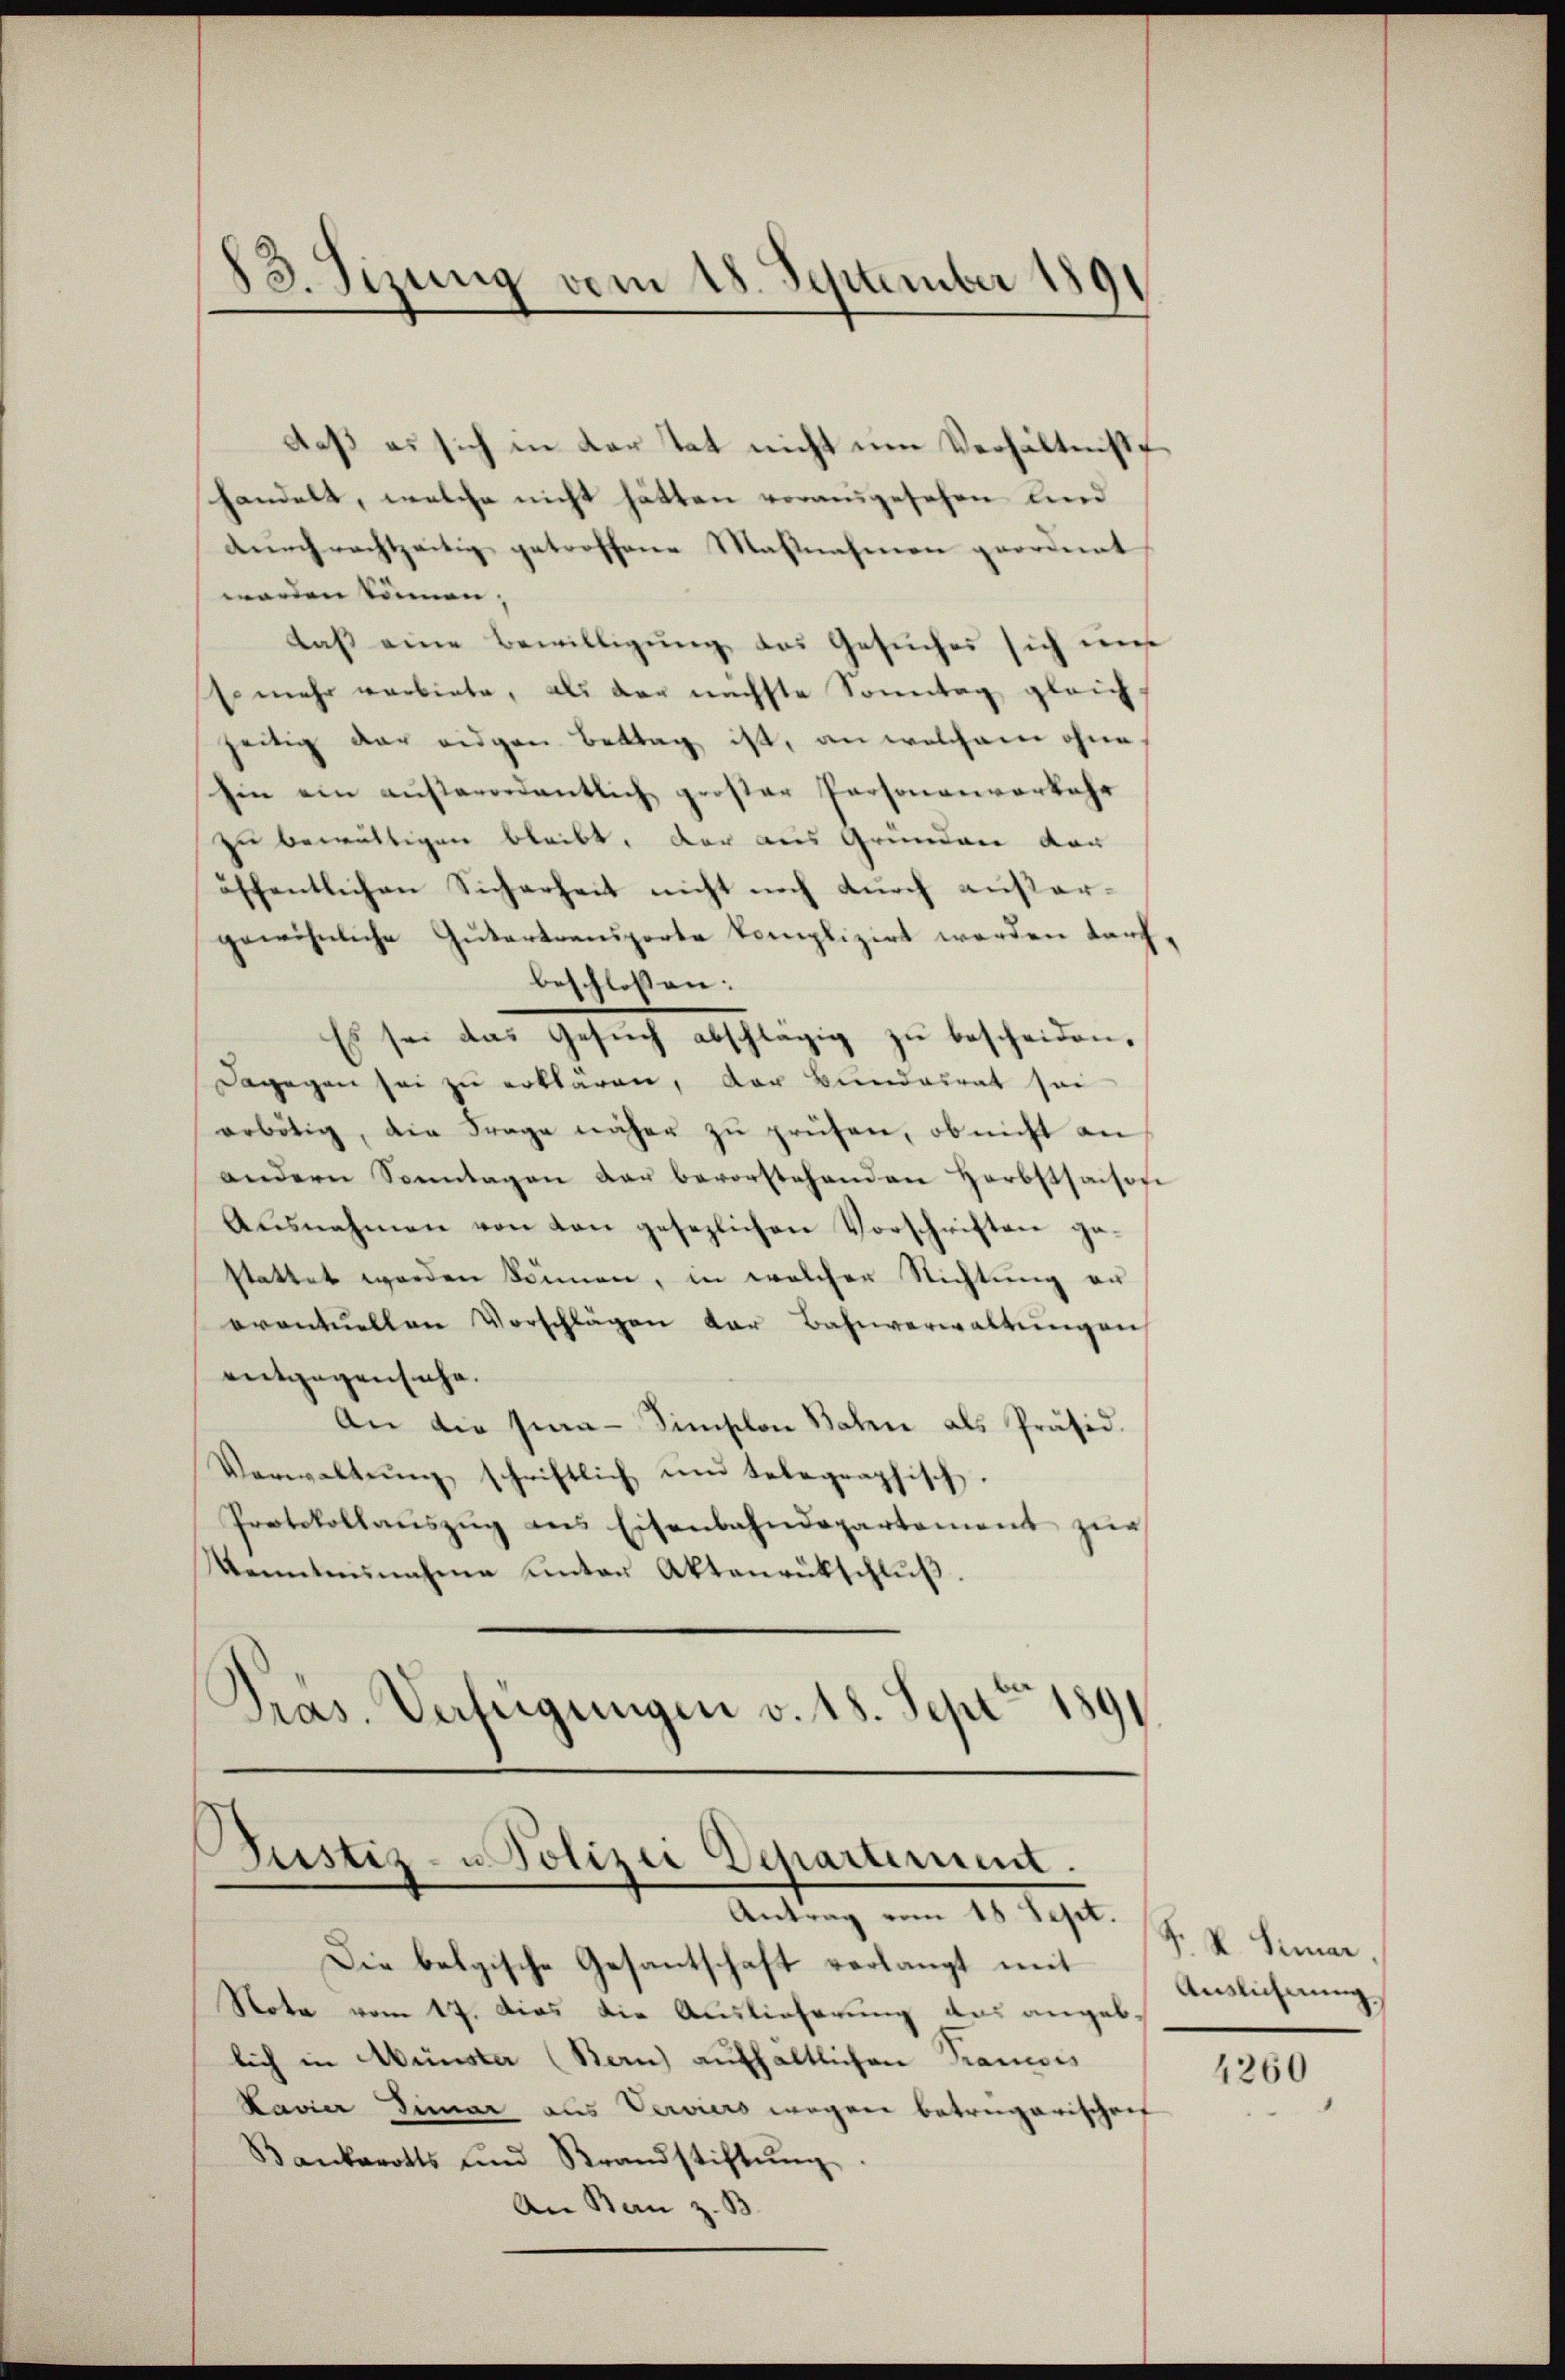
83. Sizung vom 18. September 1891

daß es sich in dar tat nicht um Verhältnis
handelt, welche nicht hätten vorausgesehen und
durchrachtzeitig getroffene Maßnahmen geordnet
worden können,
daß eine Bewilligung des Gesuches sich uns
so mehr verbiete, als der nächste Sonntag gleich-
zeitig der eidgen. Bettag ist, an welchem ohne
hin ein außerordentlich großer Personenverkehr
zu bewältigen bleibt. Der aus Grunden von
öffentlichen Sicherheit nicht noch durch außergewöhnliche Gutertransporte komplizirt werden taufbeschlossen:
Es sei das Gesuch abschlägig zu bescheiden,
Dagegen sei zu erklären, der Bundesrat sei
erbötig, die Frage näher zŭ prüfen, ob nicht an
andern Sonntagen der bevorstehenden Herbstsachofe
Ausnahmen von den gesezlichen Vorschriften gestattet werden können, in welcher Nichtung er
eventuellen Vorschlägen der Bahnverwaltungen
entgegensache.
An die Jia-Simischon Bahn als Präsid.
Verwaltŭng schriftlich um telegraphisch.
Protokollaŭszŭg ans Eisenbahndepartement zŭr
Kenntennahme unter Aktenrückschluß.
Pras. Verfügungen v. 18. Sept 1891

Pustiz- u Polizei Departement.
Antrag vom 18. Sept.

Die belgische Gesantschaft verlangt mit
Note vom 17. Dies die Auslieferung das angeblich in Wünster (Bern) aufhaltlichen Trancois
Lavier Simar aus Verviers wegen betrugarischen
Bankerotts und Krandstiftŭng
An Bau z. B

S. K. Samar,
Auslichnung

4260